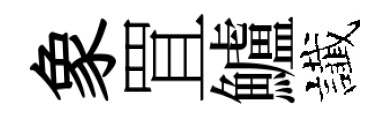
象罝鱸䜟